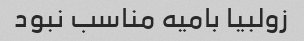
زولبیا بامیه مناسب نبود